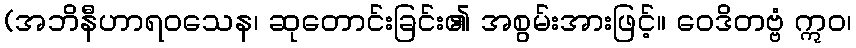
(အဘိနီဟာရဝသေန၊ ဆုတောင်းခြင်း၏ အစွမ်းအားဖြင့်။ ဝေဒိတဗ္ဗံ ဣဝ၊